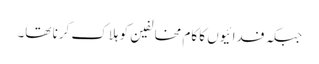
جبکہ فدائیوں کا کام مخالفین کو ہلاک کرنا تھا۔